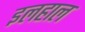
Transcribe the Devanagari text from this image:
इलहाल